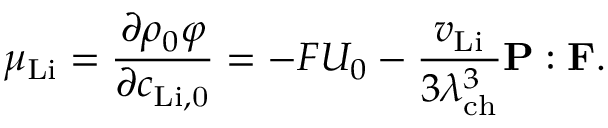
\mu _ { \mathrm { L i } } = \frac { \partial \rho _ { 0 } \varphi } { \partial c _ { \mathrm { L i , 0 } } } = - F U _ { 0 } - \frac { v _ { \mathrm { L i } } } { 3 \lambda _ { \mathrm { c h } } ^ { 3 } } \mathbf { P } : \mathbf { F } .